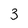
Character: 3